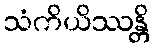
သံကိယိဿန္တိ